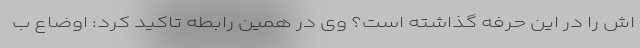
اش را در این حرفه گذاشته است؟ وی در همین رابطه تاکید کرد: اوضاع ب